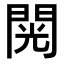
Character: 𮤎